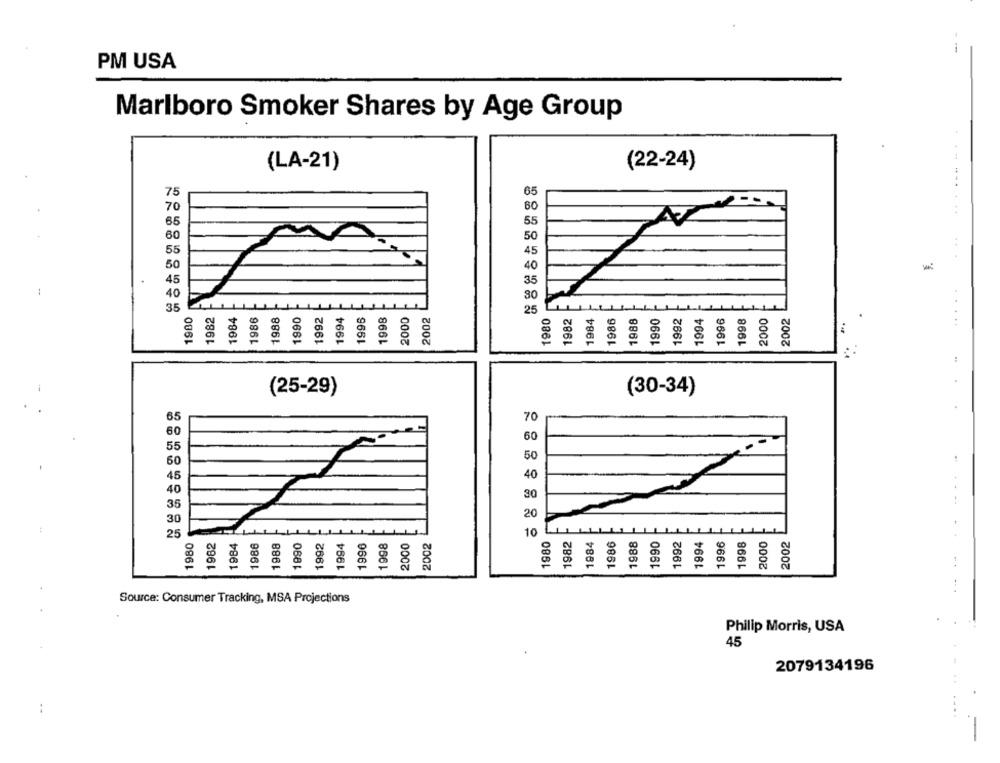
- -
PM USA
Marlboro Smoker Shares by Age Group
(LA-21)
(22-24)
75
65
60
65
55
60
50
35
.. .
35
1980
1982
1984
1986
1988
1890
1992
1994
1996
1998
2000
2002
25
1980
1982
1984
1986
1988
1990
1992
1994
1996
1998
2000
2002
(25-29)
(30-34)
65
70
60
60
55
50
60
. +
45
40
40
30
35
30
20
25
1998
10
1980
1984
1986
1988
1990
1996
1980
1962
1984
1986
1988
1090
1992
1994
1996
2000
2002
1982
1992
1994
1998
2000
2002
Source: Consumer Tracking, MSA Projections
Philip Morris, USA
45
2079134196
.
-